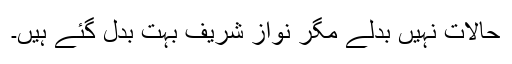
حالات نہیں بدلے مگر نواز شریف بہت بدل گئے ہیں۔